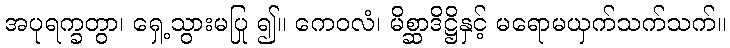
အပုရက္ခတွာ၊ ရှေ့သွားမပြု ၍။ ကေဝလံ၊ မိစ္ဆာဒိဋ္ဌိနှင့် မရောမယှက်သက်သက်။